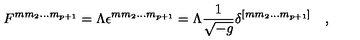
F ^ { m m _ { 2 } \dots m _ { p + 1 } } = \Lambda \epsilon ^ { m m _ { 2 } \dots m _ { p + 1 } } = \Lambda { \frac { 1 } { \sqrt { - g } } } \delta ^ { [ m m _ { 2 } \dots m _ { p + 1 } ] } \quad ,